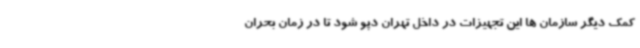
کمک دیگر سازمان ها این تجهیزات در داخل تهران دپو شود تا در زمان بحران